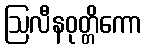
ဩလီနဝုတ္တိကော